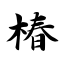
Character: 椿